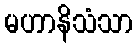
မဟာနိသံသာ